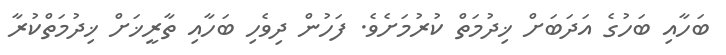
ބަހާއި ބަހުގެ އަދަބަށް ޚިދުމަތް ކުރުމަށެވެ. ފަހުން ދިވެހި ބަހާއި ތާރީޚަށް ޚިދުމަތްކުރާ